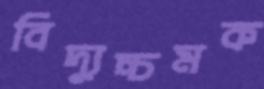
বিদ্যুচ্চমক